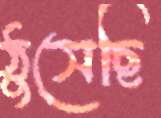
ঠুসেছি